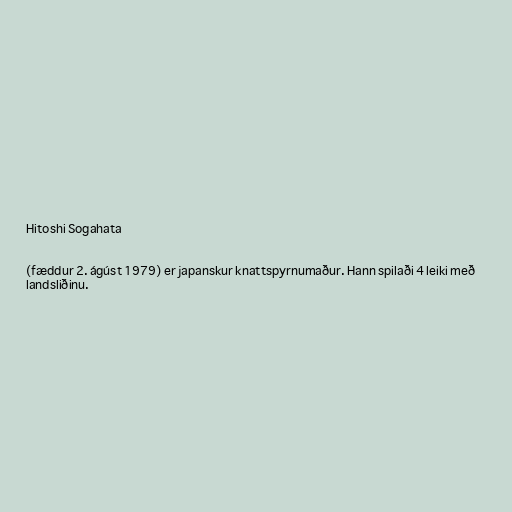
Hitoshi Sogahata

(fæddur 2. ágúst 1979) er japanskur knattspyrnumaður. Hann spilaði 4 leiki með
landsliðinu.